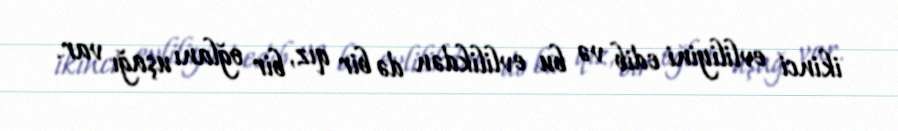
ikinci evliliyini edib və bu evlilikdən də bir qız, bir oğlanı uşağı var.